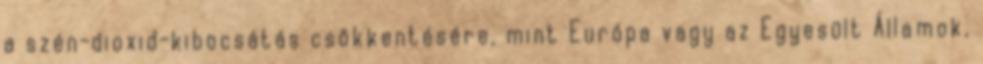
a szén-dioxid-kibocsátás csökkentésére, mint Európa vagy az Egyesült Államok,